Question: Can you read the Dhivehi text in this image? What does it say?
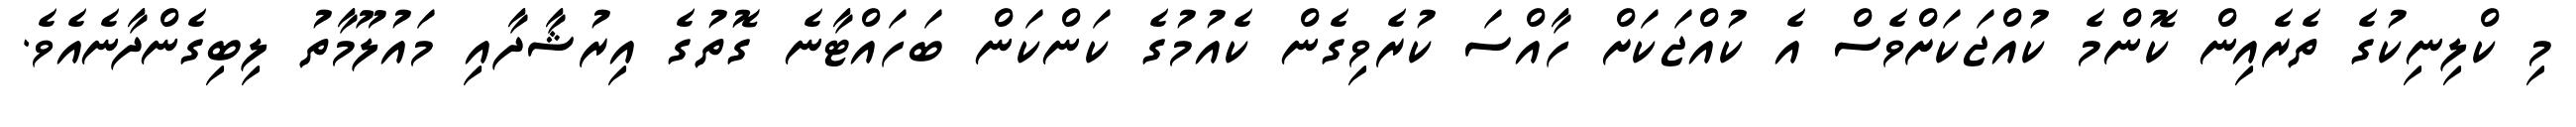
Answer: މި ކްލިނިކުގެ ތެރެއިން ކޮންމެ ކުއްޖަކަށްވެސް އެ ކުއްޖަކަށް ހާއްސަ ކުރެވިގެން ކެއުމުގެ ކަންކަން ބަހައްޓާނެ ގޮތުގެ އިރުޝާދާއި މައުލޫމާތު ލިބިގެންދާނެއެވެ.